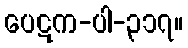
ပေဋက-ပါ-၃၁၇။